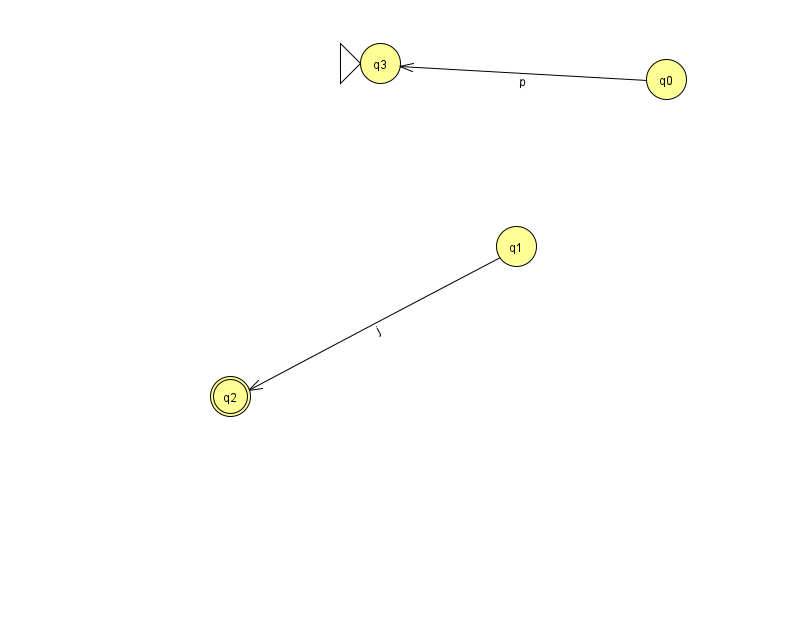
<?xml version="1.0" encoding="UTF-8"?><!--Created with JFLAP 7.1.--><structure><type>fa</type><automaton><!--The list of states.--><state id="0" name="q0"><x>666.0</x><y>66.0</y></state><state id="1" name="q1"><x>516.0</x><y>233.0</y></state><state id="2" name="q2"><x>230.0</x><y>383.0</y><final/></state><state id="3" name="q3"><x>380.0</x><y>50.0</y><initial/></state><!--The list of transitions.--><transition><from>0</from><to>3</to><read>p</read></transition><transition><from>1</from><to>2</to><read>j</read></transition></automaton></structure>